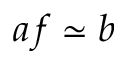
a f \simeq b